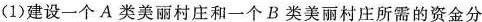
(1)建设一个A类美丽村庄和一个B类美丽村庄所需的资金分